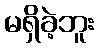
မရှိခဲ့ဘူး